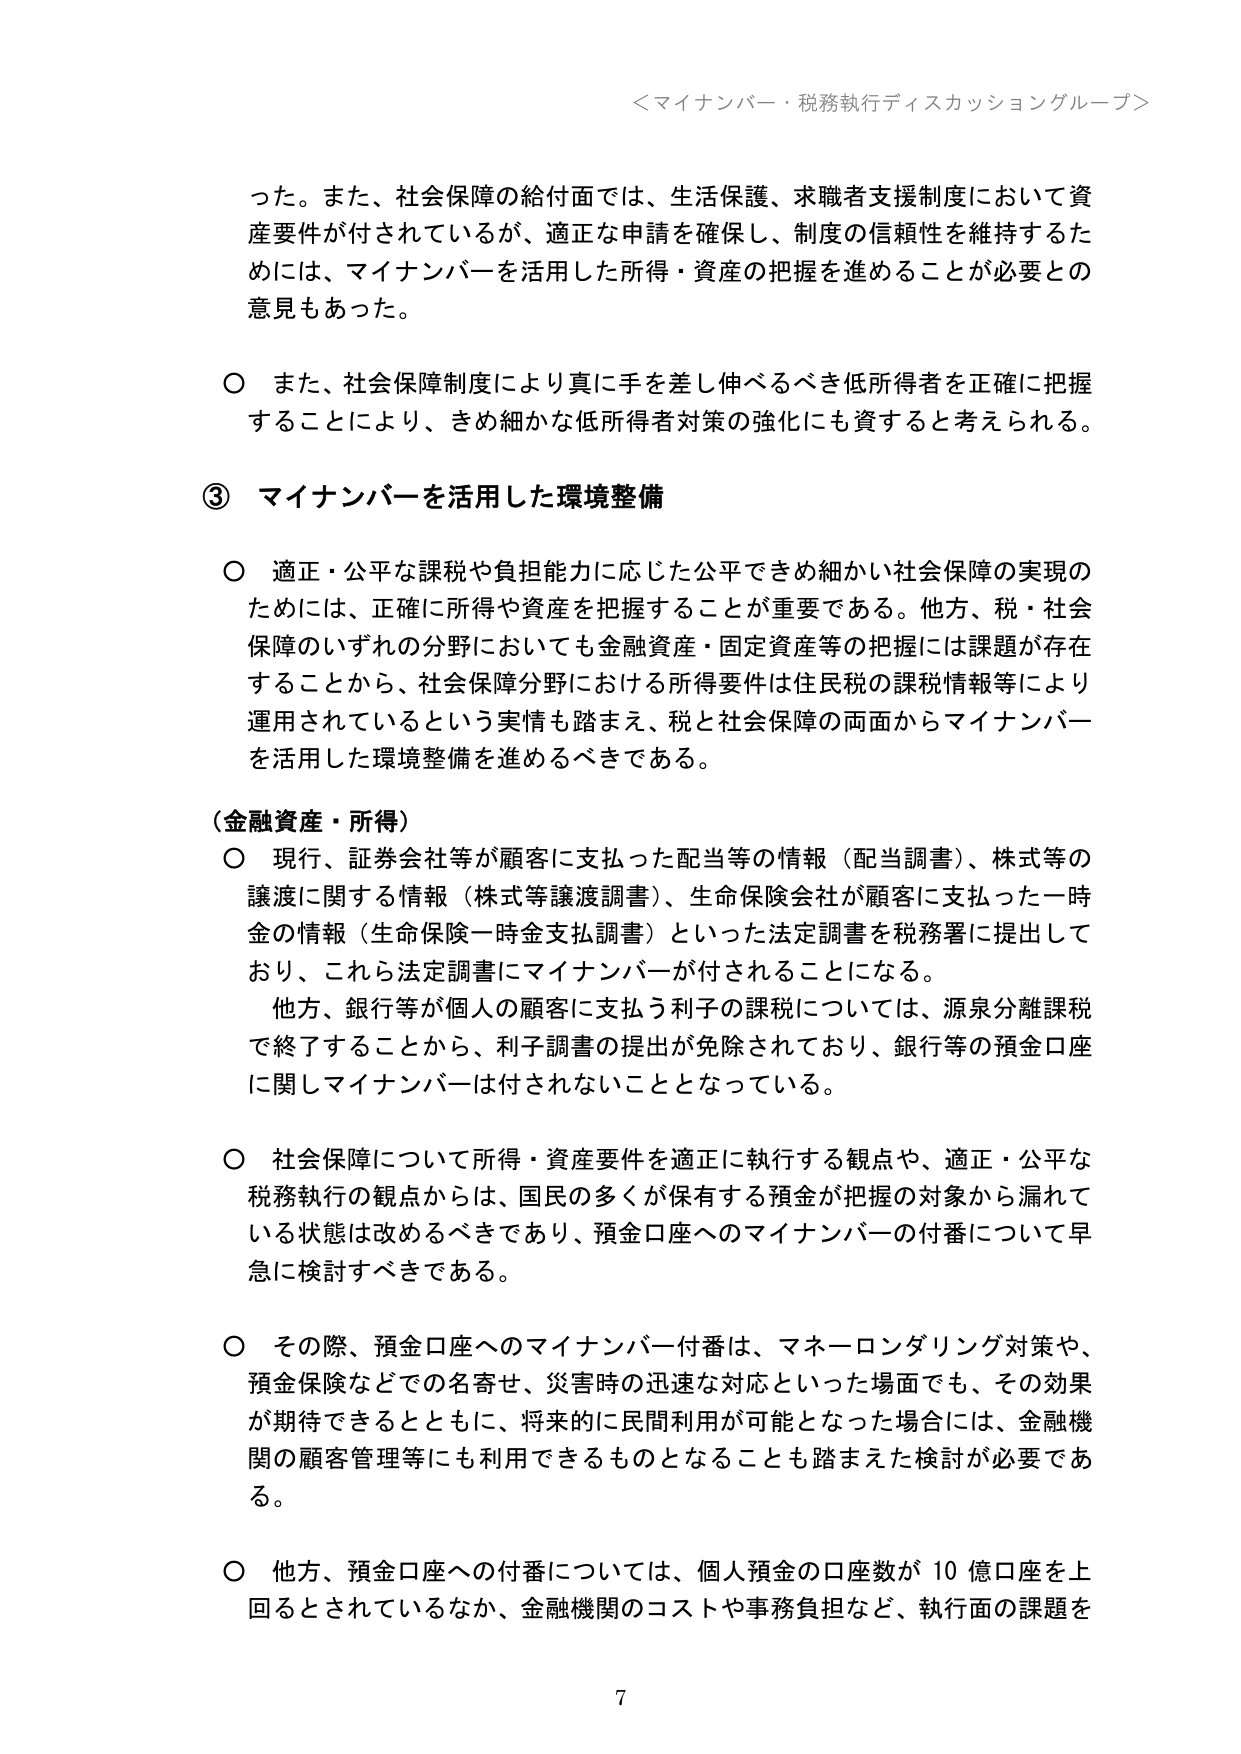
＜マイナンバー・税務執行ディスカッショングループ＞

った。また、社会保障の給付面では、生活保護、求職者支援制度において資産要件が付されているが、適正な申請を確保し、制度の信頼性を維持するためには、マイナンバーを活用した所得・資産の把握を進めることが必要との意見もあった。

○ また、社会保障制度により真に手を差し伸べるべき低所得者を正確に把握することにより、きめ細かな低所得者対策の強化にも資すると考えられる。

③ マイナンバーを活用した環境整備

○ 適正・公平な課税や負担能力に応じた公平できめ細かい社会保障の実現のためには、正確に所得や資産を把握することが重要である。他方、税・社会保障のいずれの分野においても金融資産・固定資産等の把握には課題が存在することから、社会保障分野における所得要件は住民税の課税情報等により運用されているという実情も踏まえ、税と社会保障の両面からマイナンバーを活用した環境整備を進めるべきである。

（金融資産・所得）

○ 現行、証券会社等が顧客に支払った配当等の情報（配当調書）、株式等の譲渡に関する情報（株式等譲渡調書）、生命保険会社が顧客に支払った一時金の情報（生命保険一時金支払調書）といった法定調書を税務署に提出しており、これら法定調書にマイナンバーが付されることになる。

他方、銀行等が個人の顧客に支払う利子の課税については、源泉分離課税で終了することから、利子調書の提出が免除されており、銀行等の預金口座に関しマイナンバーは付されないこととなっている。

○ 社会保障について所得・資産要件を適正に執行する観点や、適正・公平な税務執行の観点からは、国民の多くが保有する預金が把握の対象から漏れている状態は改めるべきであり、預金口座へのマイナンバーの付番について早急に検討すべきである。

○ その際、預金口座へのマイナンバー付番は、マネーロンダリング対策や、預金保険などでの名寄せ、災害時の迅速な対応といった場面でも、その効果が期待できるとともに、将来的に民間利用が可能となった場合には、金融機関の顧客管理等にも利用できるものとなることも踏まえた検討が必要である。

○ 他方、預金口座への付番については、個人預金の口座数が10億口座を上回るとされているなか、金融機関のコストや事務負担など、執行面の課題を

7